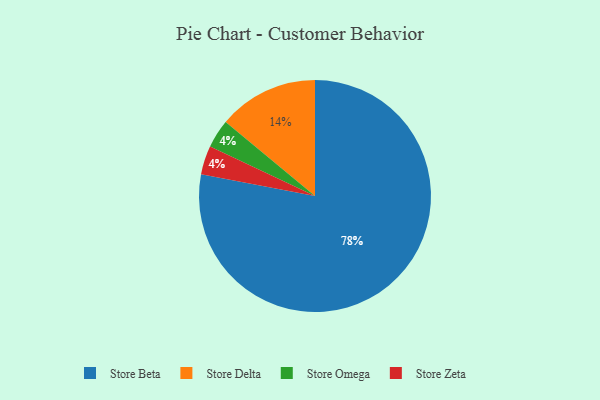
{"axis": {"x": "Category", "y": "Percentage"}, "legend": ["Store Beta", "Store Delta", "Store Omega", "Store Zeta"], "data": [{"x": "Store Omega", "y": 4, "type": "Store Omega"}, {"x": "Store Beta", "y": 78, "type": "Store Beta"}, {"x": "Store Delta", "y": 14, "type": "Store Delta"}, {"x": "Store Zeta", "y": 4, "type": "Store Zeta"}]}